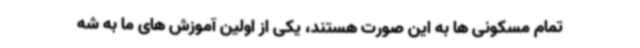
تمام مسکونی ها به این صورت هستند، یکی از اولین آموزش های ما به شه